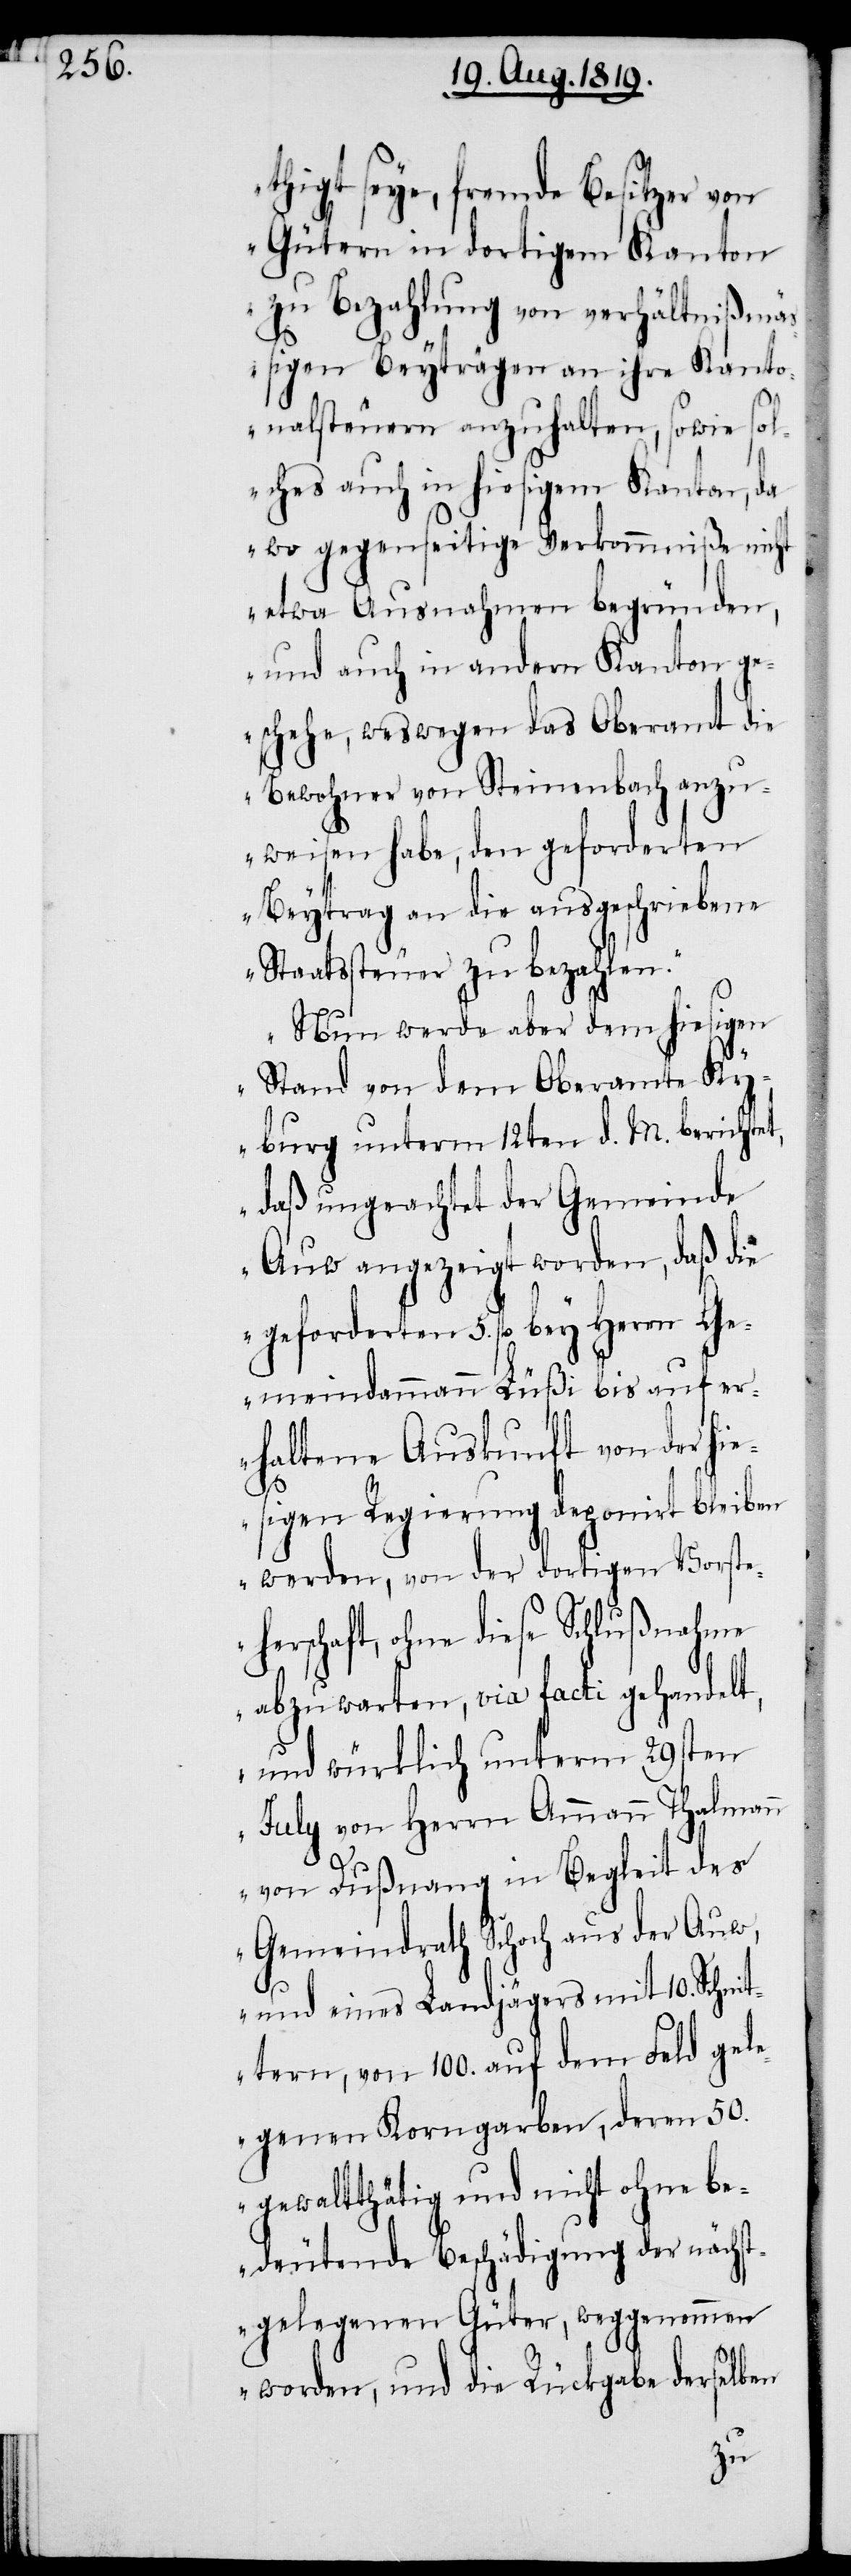
thigt seye, fremde Besitzer von
Gütern in dortigem Kanton
zu Bezahlung von verhältnißmä¬
ssigen Beyträgen an ihre Kanto¬
nalsteuern anzuhalten, sowie sol¬
ches auch in hiesigem Kanton, da
wo gegenseitige Verkommniße nicht
etwa Ausnahmen begründen,
und auch in andern Kanton ge¬
schehe, weswegen das Oberamt die
Bewohner von Steinenbach anzu¬
weisen habe, den geforderten
Beytrag an die ausgeschriebene
Staatsteuer zu bezahlen.
Nun werde aber dem hiesigen
Stand von dem Oberamte Ky¬
burg unterm 12ten d. M. berichtet,
daß ungeachtet der Gemeinde
Auw angezeigt worden, daß die
geforderten 5. fl. bey Herrn Ge¬
meindammann Füß[l]i bis auf er¬
haltene Auskunft von der hi¬
esigen Regierung deponirt bleiben
werden, von der dortigen Vorste¬
herschaft, ohne diese Schlußnahme
abzuwarten, via facti gehandelt,
und würklich unterm 29sten
July von Herrn Ammann Thalmann
von Dußnang in Begleit des
Gemeindrath Schoch aus der Auw,
und eines Landjägers mit 10. Schnit¬
tern, von 100. auf dem Feld gele¬
genen Korngarben, deren 50.
gewaltthätig und nicht ohne be¬
deutende Beschädigung der nächst¬
gelegenen Güter, weggenommen
worden, und die Rückgabe derselben